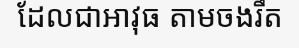
ដែលជាអាវុធ តាមចងរឹត